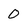
Character: 0